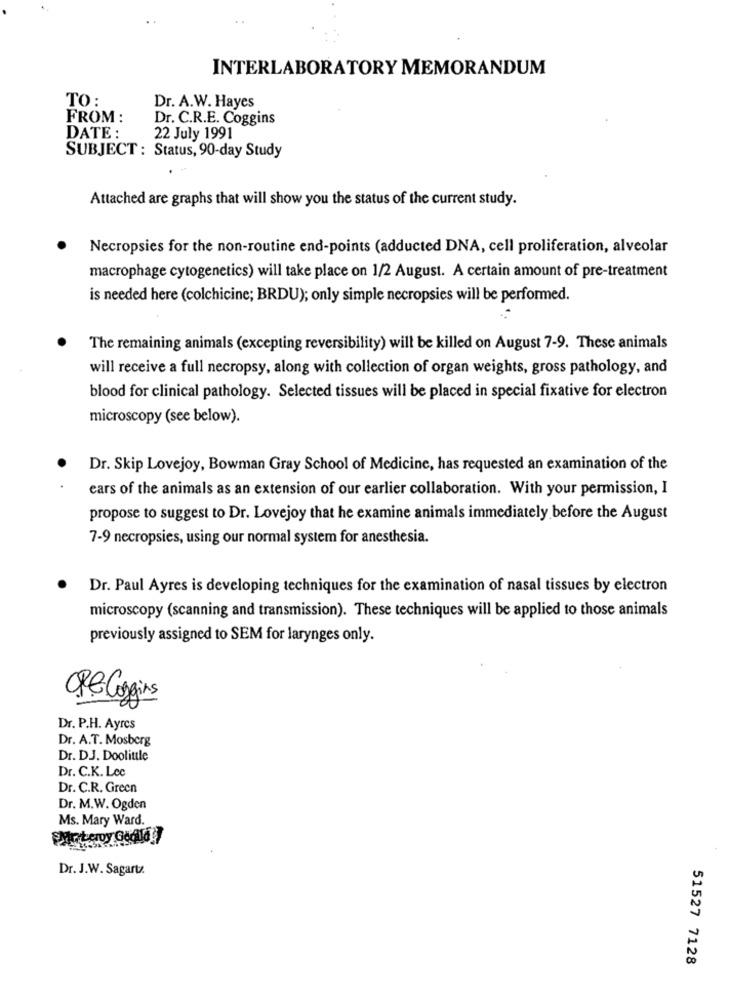
INTERLABORATORY MEMORANDUM
TO:
Dr. A.W. Hayes
FROM :
Dr. C.R.E. Coggins
DATE :
22 July 1991
SUBJECT : Status, 90-day Study
Attached are graphs that will show you the status of the current study.
Necropsies for the non-routine end-points (adducted DNA, cell proliferation, alveolar
macrophage cytogenetics) will take place on 1/2 August. A certain amount of pre-treatment
is needed here (colchicine; BRDU); only simple necropsies will be performed.
The remaining animals (excepting reversibility) will be killed on August 7-9. These animals
will receive a full necropsy, along with collection of organ weights, gross pathology, and
blood for clinical pathology. Selected tissues will be placed in special fixative for electron
microscopy (see below).
Dr. Skip Lovejoy, Bowman Gray School of Medicine, has requested an examination of the
ears of the animals as an extension of our earlier collaboration. With your permission, I
propose to suggest to Dr. Lovejoy that he examine animals immediately before the August
7-9 necropsies, using our normal system for anesthesia.
Dr. Paul Ayres is developing techniques for the examination of nasal tissues by electron
microscopy (scanning and transmission). These techniques will be applied to those animals
previously assigned to SEM for larynges only.
ORG Coggins
Dr. P.H. Ayres
Dr. A.T. Mosberg
Dr. DJ. Doolittle
Dr. C.K. Lcc
Dr. C.R. Green
Dr. M.W. Ogden
Ms. Mary Ward.
Dr. J.W. Sagartz.
51527 7128